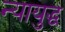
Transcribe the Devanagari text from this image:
न्यायुद्ध